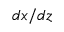
d x / d z